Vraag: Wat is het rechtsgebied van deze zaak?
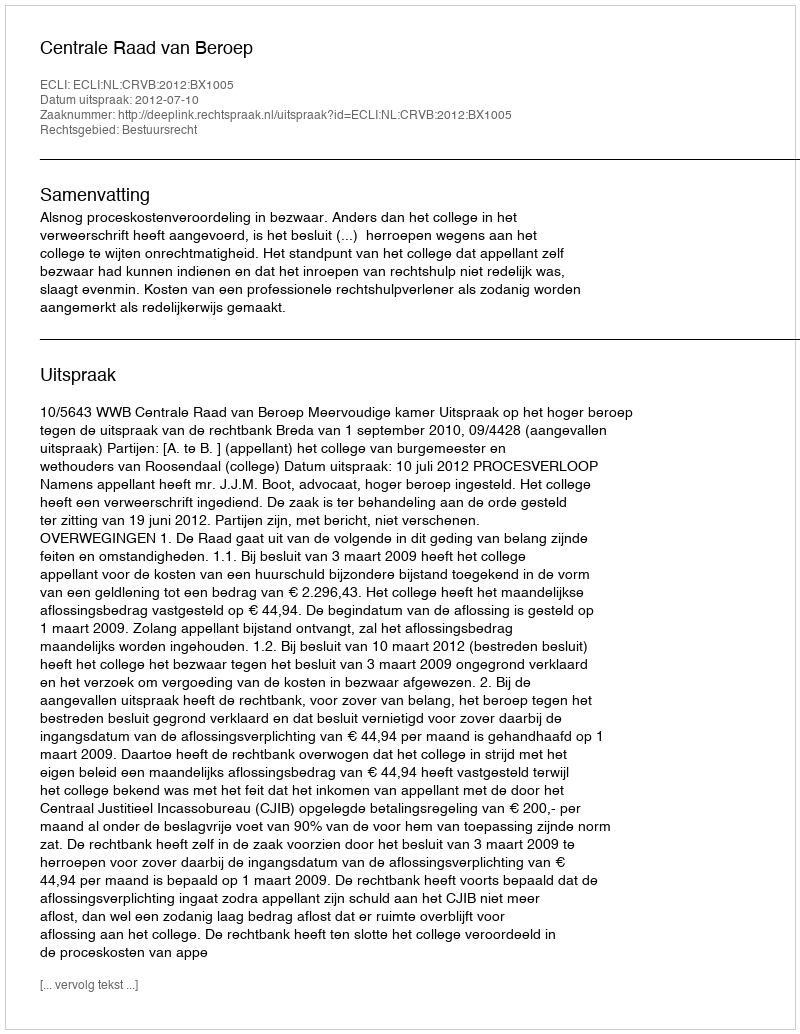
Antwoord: Bestuursrecht